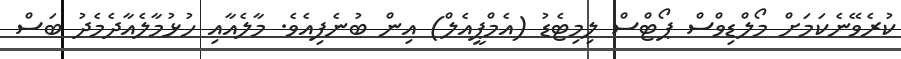
ކުރެވޭނެކަމަށް މޯލްޑިވްސް ޕޯޓްސް ލިމިޓެޑު (އެމްޕީއެލް) އިން ބުނެފިއެވެ. މާލެއާއި ހުޅުމާލެއާދެމެދު ބަސް